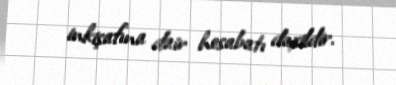
inkişafına dair hesabatı daxildir.